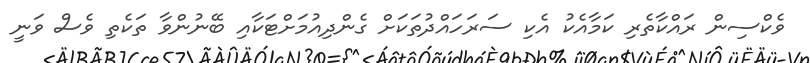
ވެކްސިން ރައްކާތެރި ކަމާއެކު އެކި ސަރަހައްދުތަކަށް ގެންދިއުމަށްޓަކާއި ބޭނުންވާ ތަކެތި ވެސް ވަނީ